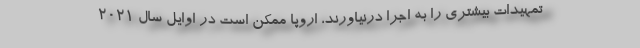
تمهیدات بیشتری را به اجرا درنیاورند، اروپا ممکن است در اوایل سال ۲۰۲۱